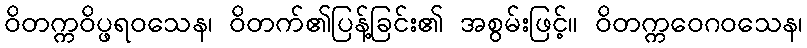
ဝိတက္ကဝိပ္ဖရဝသေန၊ ဝိတက်၏ပြန့်ခြင်း၏ အစွမ်းဖြင့်။ ဝိတက္ကဝေဂဝသေန၊